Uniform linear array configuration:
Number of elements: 16
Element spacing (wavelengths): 1
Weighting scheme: cosine
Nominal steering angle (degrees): -15
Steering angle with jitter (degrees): -13.299
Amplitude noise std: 0.05
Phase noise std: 0.05

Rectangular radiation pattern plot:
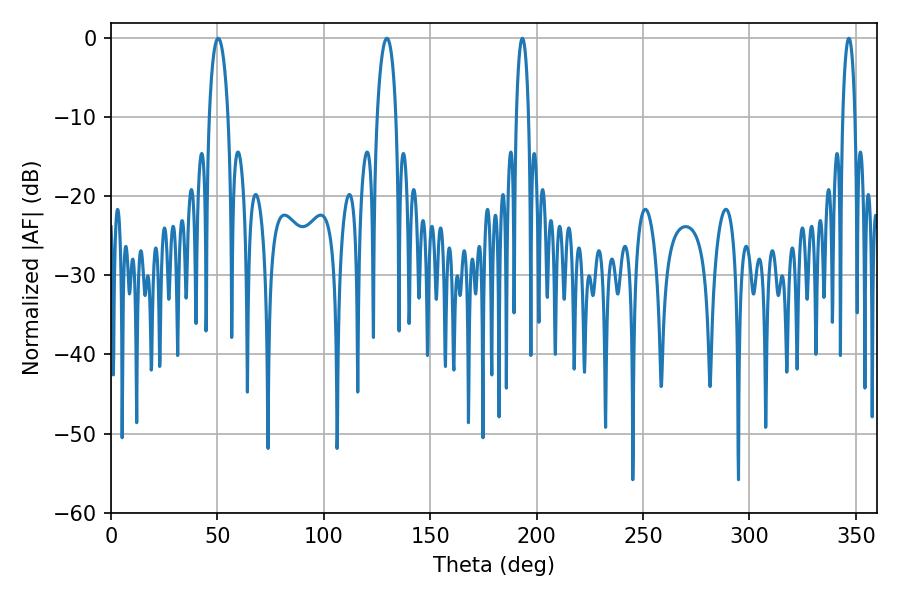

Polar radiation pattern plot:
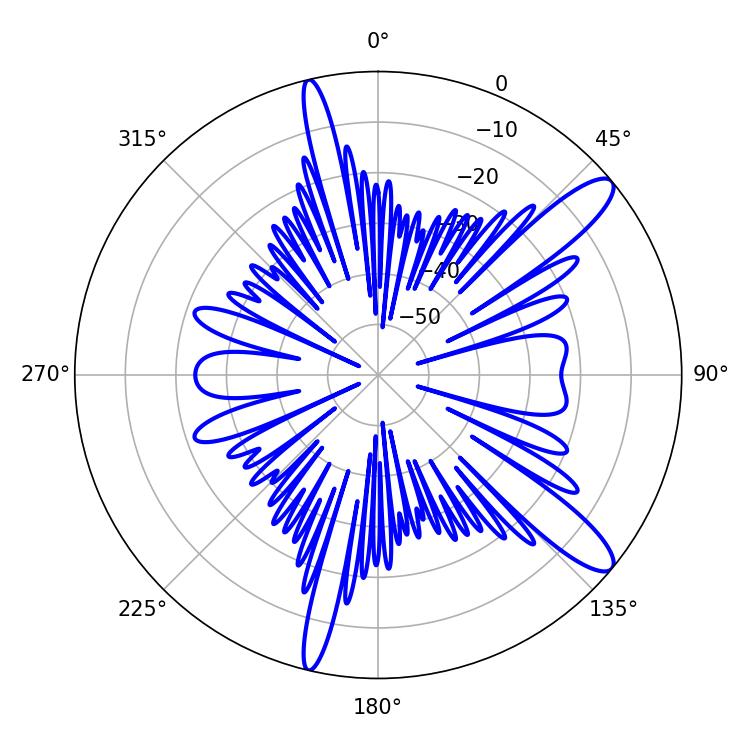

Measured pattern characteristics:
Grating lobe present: TRUE
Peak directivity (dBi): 12.163
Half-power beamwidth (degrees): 5.04
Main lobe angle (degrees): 50.4